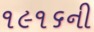
૧૯૧૬ની